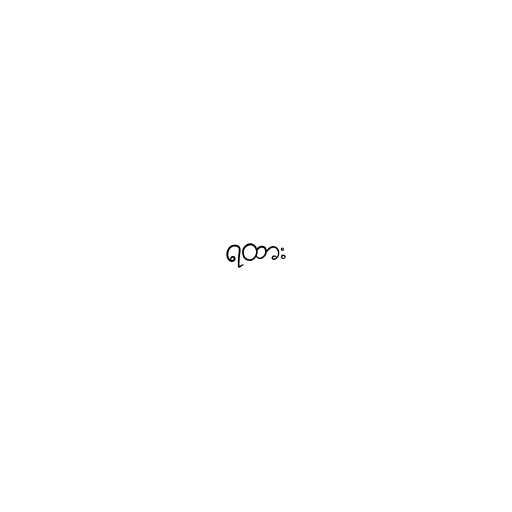
ရထား